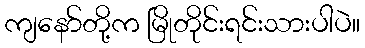
ကျနော်တို့က မြိုတိုင်းရင်းသားပါပဲ။